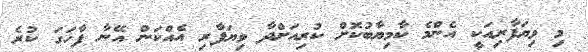
މި ވިޔަފާރިއަކީ އެންމެ ކާމިޔާބުކޮށް ކުރިއަށްދާ ވިޔަފާރި އެއްކަން އޭނާ ފާހަގަ ކުރެ